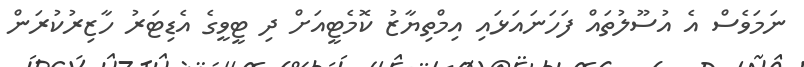
ނަމަވެސް އެ އުސޫލުތައް ފަހަނައަޅައި އިމްތިޔާޒު ކޮމެޓީއަށް ދި ޓީވީގެ އެޑިޓަރު ހާޒިރުކުރަން